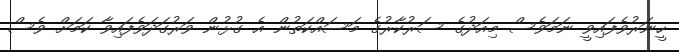
ހީނަރުވެފައިވީ ނަމަވެސް މިއަދުގެ ސަރުކާރުގެ މަސައްކަތުން އެ ގުޅުން ވަރުގަދަވެފައިވާ ކަމަށް ވެސް